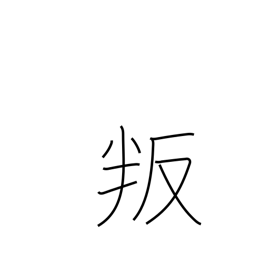
Meaning: disobey